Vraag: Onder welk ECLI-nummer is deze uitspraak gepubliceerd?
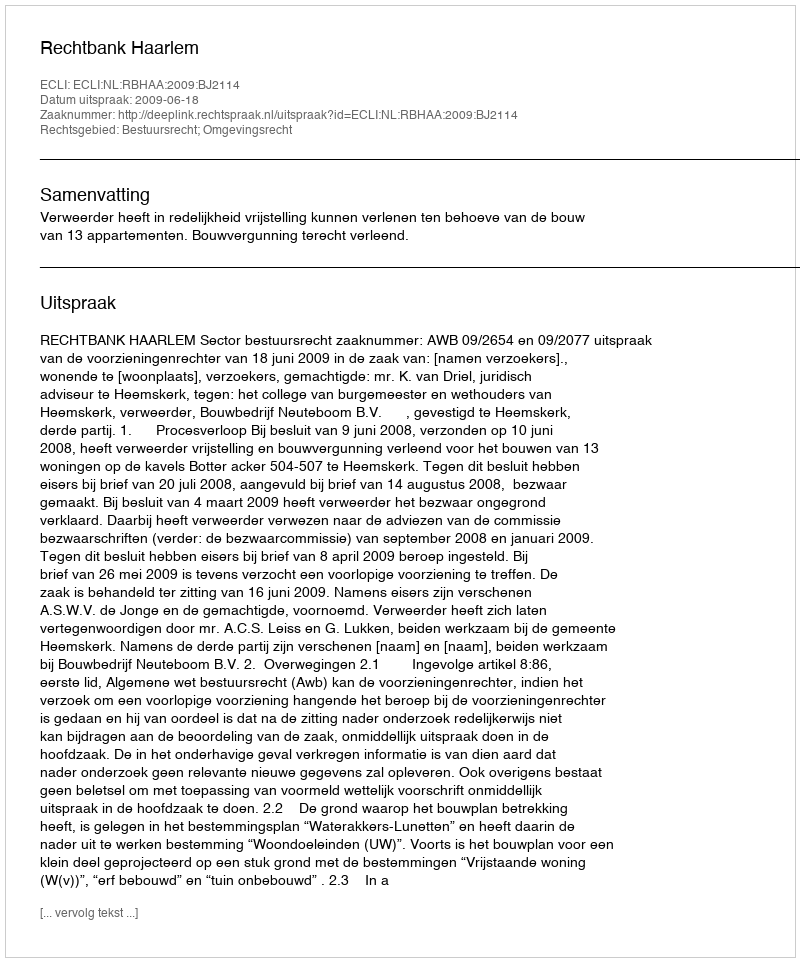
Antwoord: ECLI:NL:RBHAA:2009:BJ2114